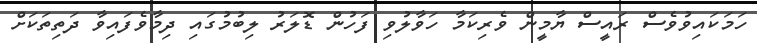
ހަމަކައިވުވެސް ރައީސް ޔާމީން ވެރިކަމާ ހަވާލުވި ފަހުން ޑޮލަރު ލިބުމުގައި ދިމާވެފައިވާ ދަތިތަކަށް